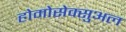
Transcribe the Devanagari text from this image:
होमोसेक्सुअल